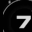
Digit: 7